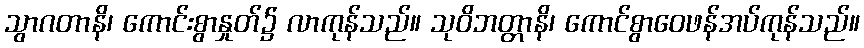
သွာဂတာနိ၊ ကောင်းစွာနှုတ်၌ လာကုန်သည်။ သုဝိဘတ္တာနိ၊ ကောင်စွာဝေဖန်အပ်ကုန်သည်။